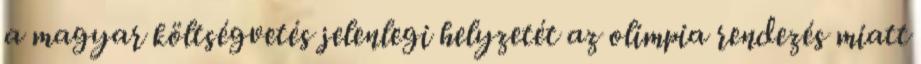
a magyar költségvetés jelenlegi helyzetét az olimpia rendezés miatt